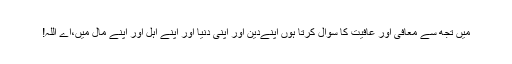
میں تجھ سے معافی اور عافیت کا سوال کرتا ہوں اپنےدین اور اپنی دنیا اور اپنے اہل اور اپنے مال میں،اے اللہ!